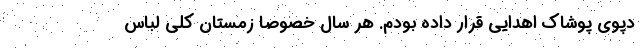
دپوی ‌پوشاک اهدایی‌ قرار داده بودم. هر سال خصوصاً زمستان کلی ‌لباس